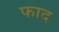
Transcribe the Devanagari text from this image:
फाद